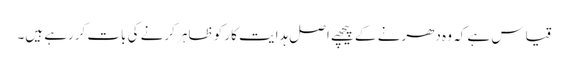
قیاس ہے کہ وہ دھرنے کے پیچھے اصل ہدایت کار کو ظاہر کرنے کی بات کررہے ہیں۔